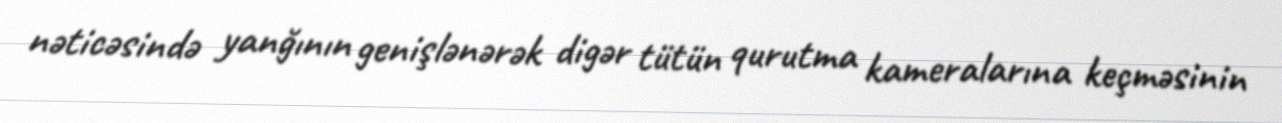
nəticəsində yanğının genişlənərək digər tütün qurutma kameralarına keçməsinin